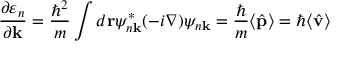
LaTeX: { \frac { \partial \varepsilon _ { n } } { \partial \mathbf { k } } } = { \frac { \hbar ^ { 2 } } { m } } \int d \mathbf { r } \psi _ { n \mathbf { k } } ^ { * } ( - i \nabla ) \psi _ { n \mathbf { k } } = { \frac { \hbar } { m } } \langle { \hat { \mathbf { p } } } \rangle = \hbar \langle { \hat { \mathbf { v } } } \rangle